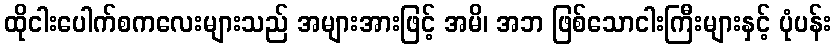
ထိုငါးပေါက်စကလေးများသည် အများအားဖြင့် အမိ၊ အဘ ဖြစ်သောငါးကြီးများနှင့် ပုံပန်း